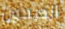
الصحون